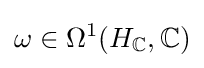
\omega \in \Omega ^{1}(H_{\mathbb {C} },\mathbb {C} )